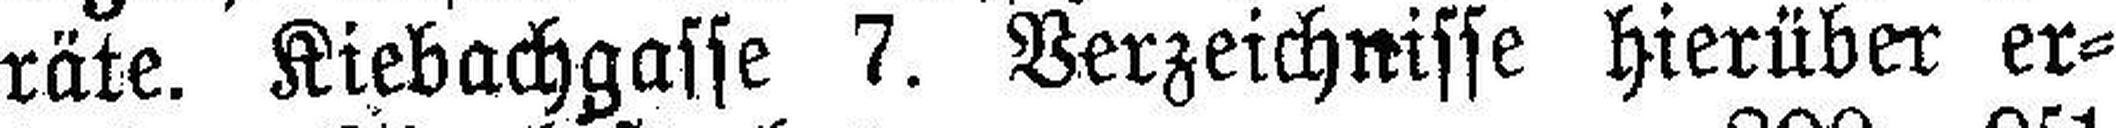
räte. Kiebachgasse 7. Verzeichnisse hierüber er¬